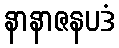
နာနာဇနပဒံ